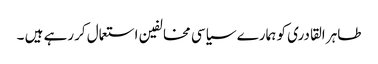
طاہر القادری کو ہمارے سیاسی مخالفین استعمال کررہے ہیں ۔